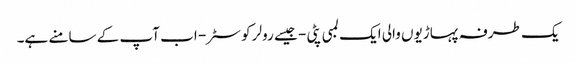
یک طرفہ پہاڑیوں والی ایک لمبی پٹی - جیسے رولر کوسٹر - اب آپ کے سامنے ہے۔